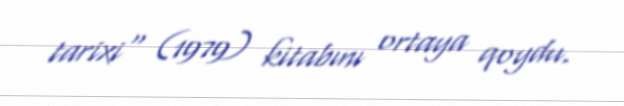
tarixi" (1979) kitabını ortaya qoydu.